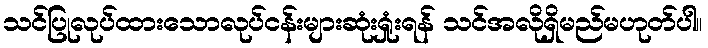
သင်ပြုလုပ်ထားသောလုပ်ငန်းများဆုံးရှုံးရန် သင်အလိုရှိမည်မဟုတ်ပါ။